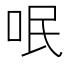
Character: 呡